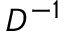
D ^ { - 1 }